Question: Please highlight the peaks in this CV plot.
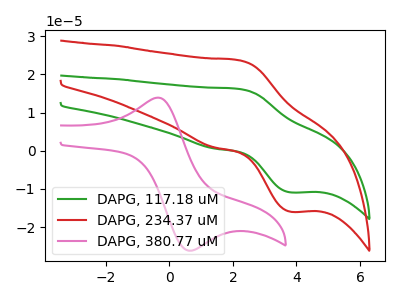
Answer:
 <answer>The green curve "DAPG, 117.18 uM" has an anodic peak at (2.20V, 16.20uA) and a cathodic peak at (3.80V, -10.90uA). The red curve "DAPG, 234.37 uM" has an anodic peak at (2.20V, 23.70uA) and a cathodic peak at (3.80V, -16.00uA). The pink curve "DAPG, 380.77 uM" has an anodic peak at (-0.40V, 13.90uA) and a cathodic peak at (0.70V, -26.20uA).</answer>
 <eval></eval>